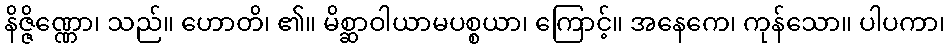
နိဇ္ဇိဏ္ဏော၊ သည်။ ဟောတိ၊ ၏။ မိစ္ဆာဝါယာမပစ္စယာ၊ ကြောင့်။ အနေကေ၊ ကုန်သော။ ပါပကာ၊